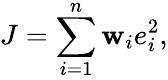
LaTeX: J=\sum_{i=1}^{n}\mathbf{w}_{i}e_{i}^{2},